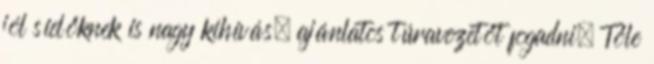
jól síelőknek is nagy kihívás, ajánlatos túravezetőt fogadni. Tőle